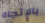
بالإتجاه